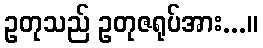
ဥတုသည် ဥတုဇရုပ်အား...။